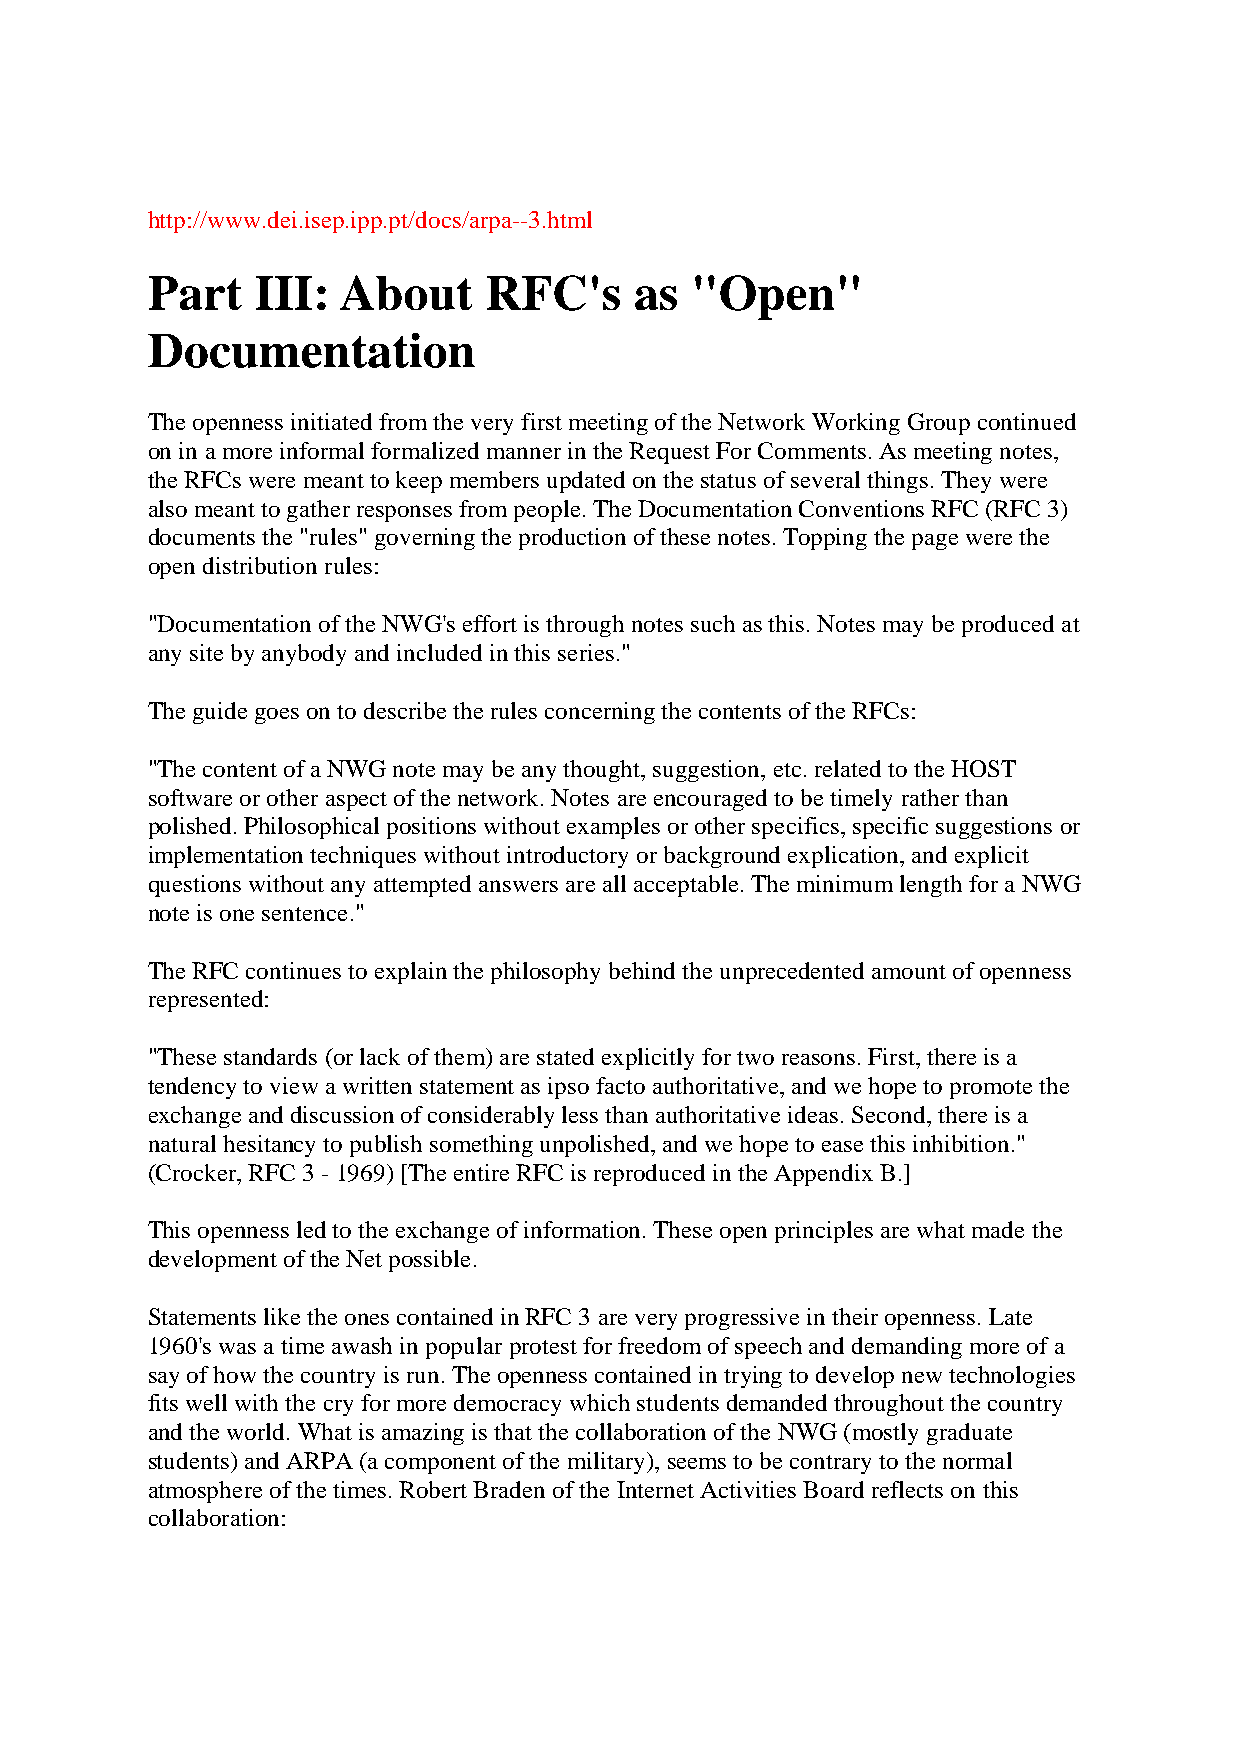
http://www.dei.isep.ipp.pt/docs/arpa--3.html
 Part   III: About     RFC's     as  "Open"
 Documentation
 The openness initiated from the very first meeting of the Network Working Group continued
 on in a more informal formalized manner in the Request For Comments. As meeting notes,
 the RFCs were meant to keep members updated on the status of several things. They were
 also meant to gather responses from people. The Documentation Conventions RFC (RFC 3)
 documents the "rules" governing the production of these notes. Topping the page were the
 open distribution rules:
 "Documentation of the NWG's effort is through notes such as this. Notes may be produced at
 any site by anybody and included in this series."
 The guide goes on to describe the rules concerning the contents of the RFCs:
 "The content of a NWG note may be any thought, suggestion, etc. related to the HOST
 software or other aspect of the network. Notes are encouraged to be timely rather than
 polished. Philosophical positions without examples or other specifics, specific suggestions or
 implementation techniques without introductory or background explication, and explicit
 questions without any attempted answers are all acceptable. The minimum length for a NWG
 note is one sentence."
 The RFC continues to explain the philosophy behind the unprecedented amount of openness
 represented:
 "These standards (or lack of them) are stated explicitly for two reasons. First, there is a
 tendency to view a written statement as ipso facto authoritative, and we hope to promote the
 exchange and discussion of considerably less than authoritative ideas. Second, there is a
 natural hesitancy to publish something unpolished, and we hope to ease this inhibition."
 (Crocker, RFC 3 - 1969) [The entire RFC is reproduced in the Appendix B.]
 This openness led to the exchange of information. These open principles are what made the
 development of the Net possible.
 Statements like the ones contained in RFC 3 are very progressive in their openness. Late
 1960's was a time awash in popular protest for freedom of speech and demanding more of a
 say of how the country is run. The openness contained in trying to develop new technologies
 fits well with the cry for more democracy which students demanded throughout the country
 and the world. What is amazing is that the collaboration of the NWG (mostly graduate
 students) and ARPA (a component of the military), seems to be contrary to the normal
 atmosphere of the times. Robert Braden of the Internet Activities Board reflects on this
 collaboration: